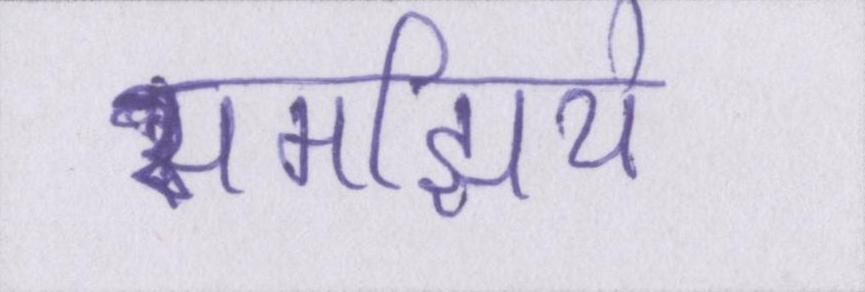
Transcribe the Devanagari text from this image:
समझिये